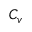
C _ { v }